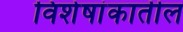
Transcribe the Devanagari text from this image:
विशेषांकातील